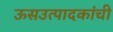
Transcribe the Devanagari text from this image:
ऊसउत्पादकांची